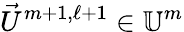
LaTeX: \vec{U}^{m+1,\ell+1}\in\mathbb{U}^{m}